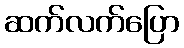
ဆက်လက်ပြော